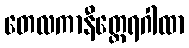
တေလကာနီတ္ထေရဂါထာ